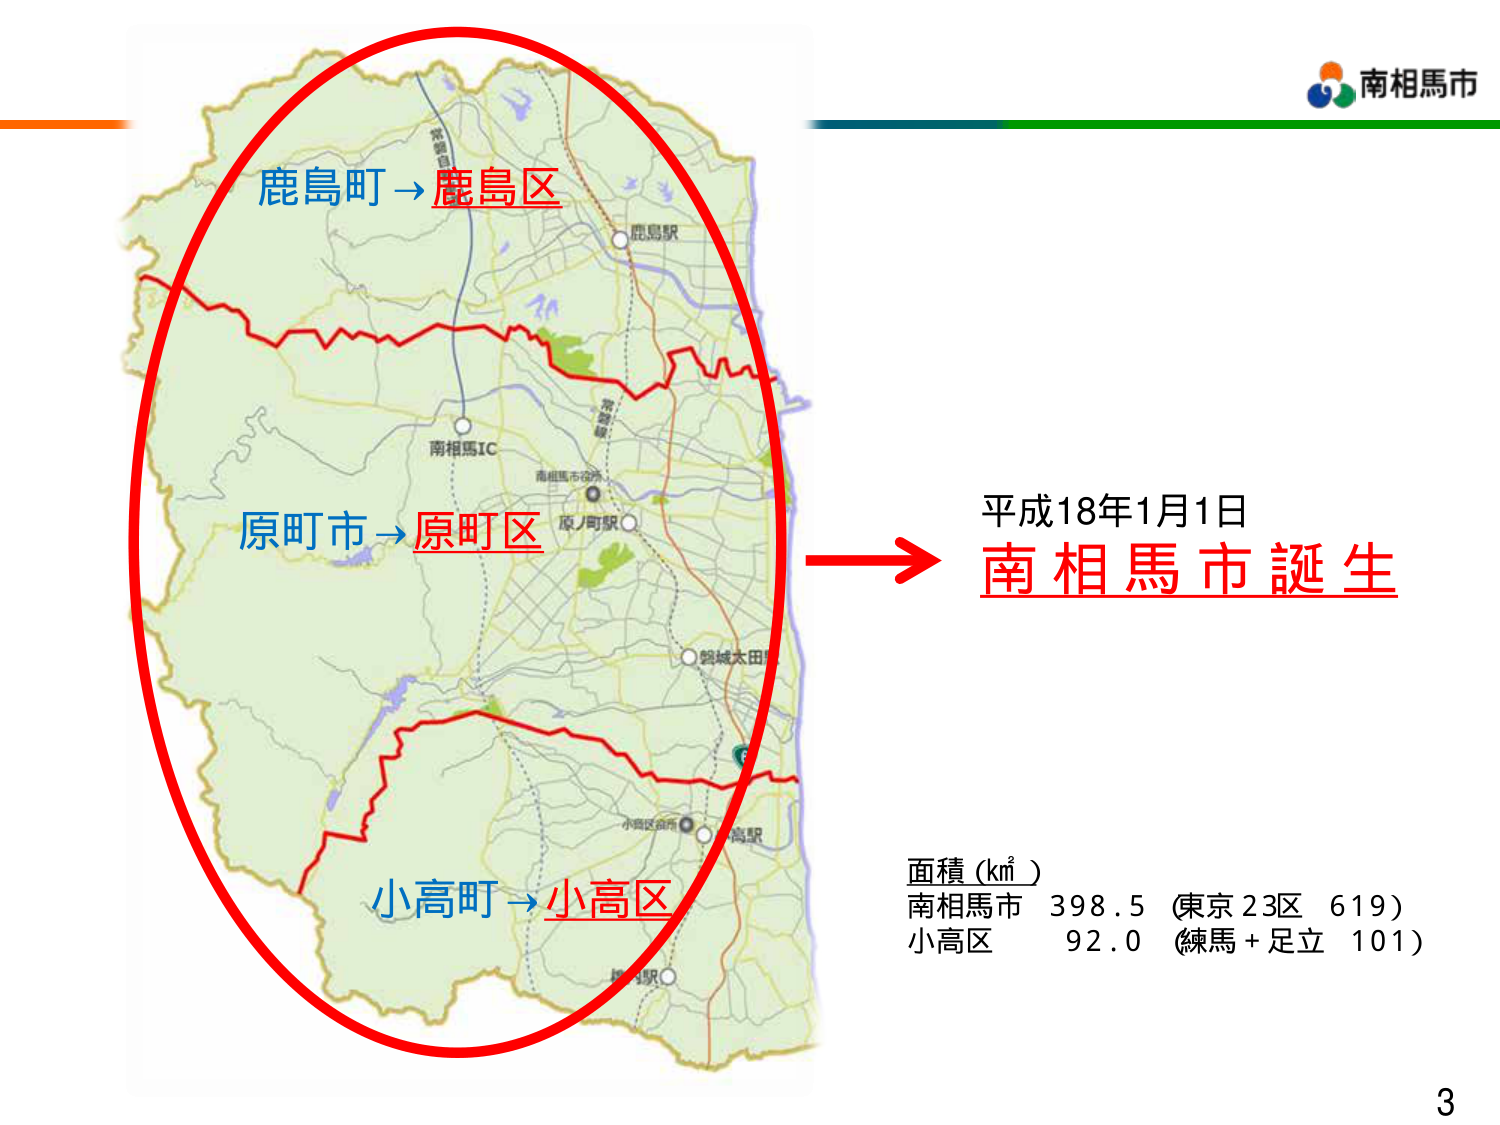
南相馬市
鹿島町→鹿島区
原町市→原町区
小高町→小高区
平成18年1月1日
南相馬市誕生
面積（km²）
南相馬市 398.5（東京23区 619）
小高区 92.0（練馬＋足立 101）
3